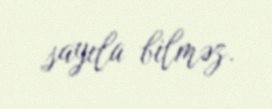
sayıla bilməz.